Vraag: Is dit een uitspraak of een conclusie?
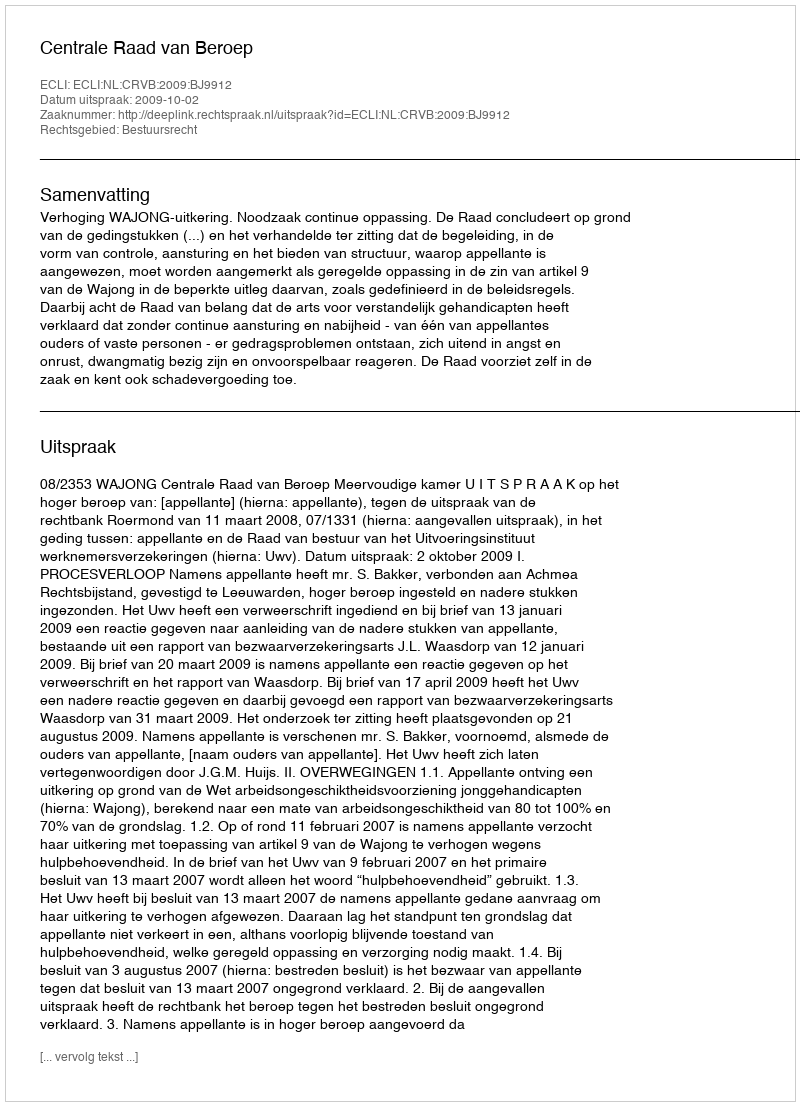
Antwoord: Uitspraak